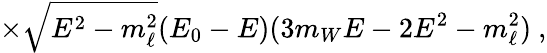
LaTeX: \times\sqrt{E^{2}-m_{\ell}^{2}}(E_{0}-E)(3m_{W}E-2E^{2}-m_{\ell}^{2})\ ,